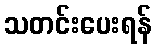
သတင်းပေးရန်